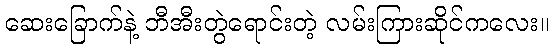
ဆေးခြောက်နဲ့ ဘီအီးတွဲရောင်းတဲ့ လမ်းကြားဆိုင်ကလေး။